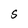
Character: S